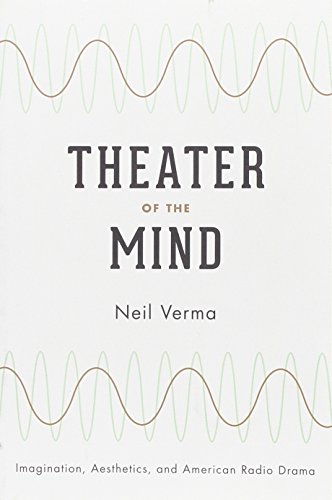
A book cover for Theater of the Mind: Imagination, Aesthetics, and American Radio Drama; Neil Verma; Humor & Entertainment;